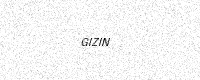
Text: GIZIN